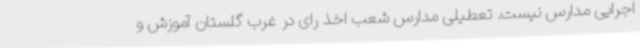
اجرایی مدارس نیست. تعطیلی مدارس شعب اخذ رای در غرب گلستان آموزش و